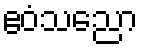
ဧဝံသညော